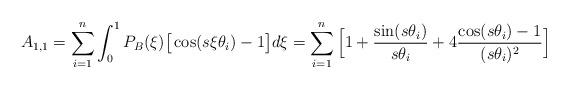
LaTeX: \begin{align*}A_{1,1} = \sum_{i=1}^n \int_{0}^1 P_B(\xi)\big[ \cos(s\xi\theta_i)-1 \big]d\xi= \sum_{i=1}^n \Big[1 + \frac{\sin(s \theta_i)}{s \theta_i}+ 4\frac{\cos(s \theta_i)-1}{(s\theta_i)^2} \Big]\end{align*}